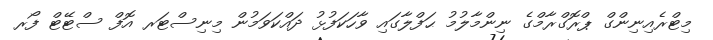
މިޓްރެއިނިންގް ޕްރޮގްރާމްގެ ނިންމާލުމު ޙަފްލާގައި ވާހަކަފުޅު ދައްކަވަމުން މިނިސްޓަރ އޮފް ސްޓޭޓް ފޯރ